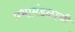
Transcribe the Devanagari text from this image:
प्रभामंडळाची